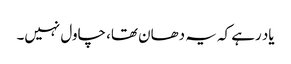
یاد رہے کہ یہ دھان تھا، چاول نہیں۔